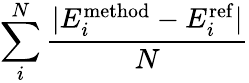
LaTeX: \sum_{i}^{N}\frac{|E_{i}^{\mathrm{method}}-E_{i}^{\mathrm{ref}}|}{N}